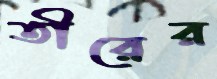
তীরের